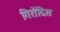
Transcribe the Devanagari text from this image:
गिरोंदिंस